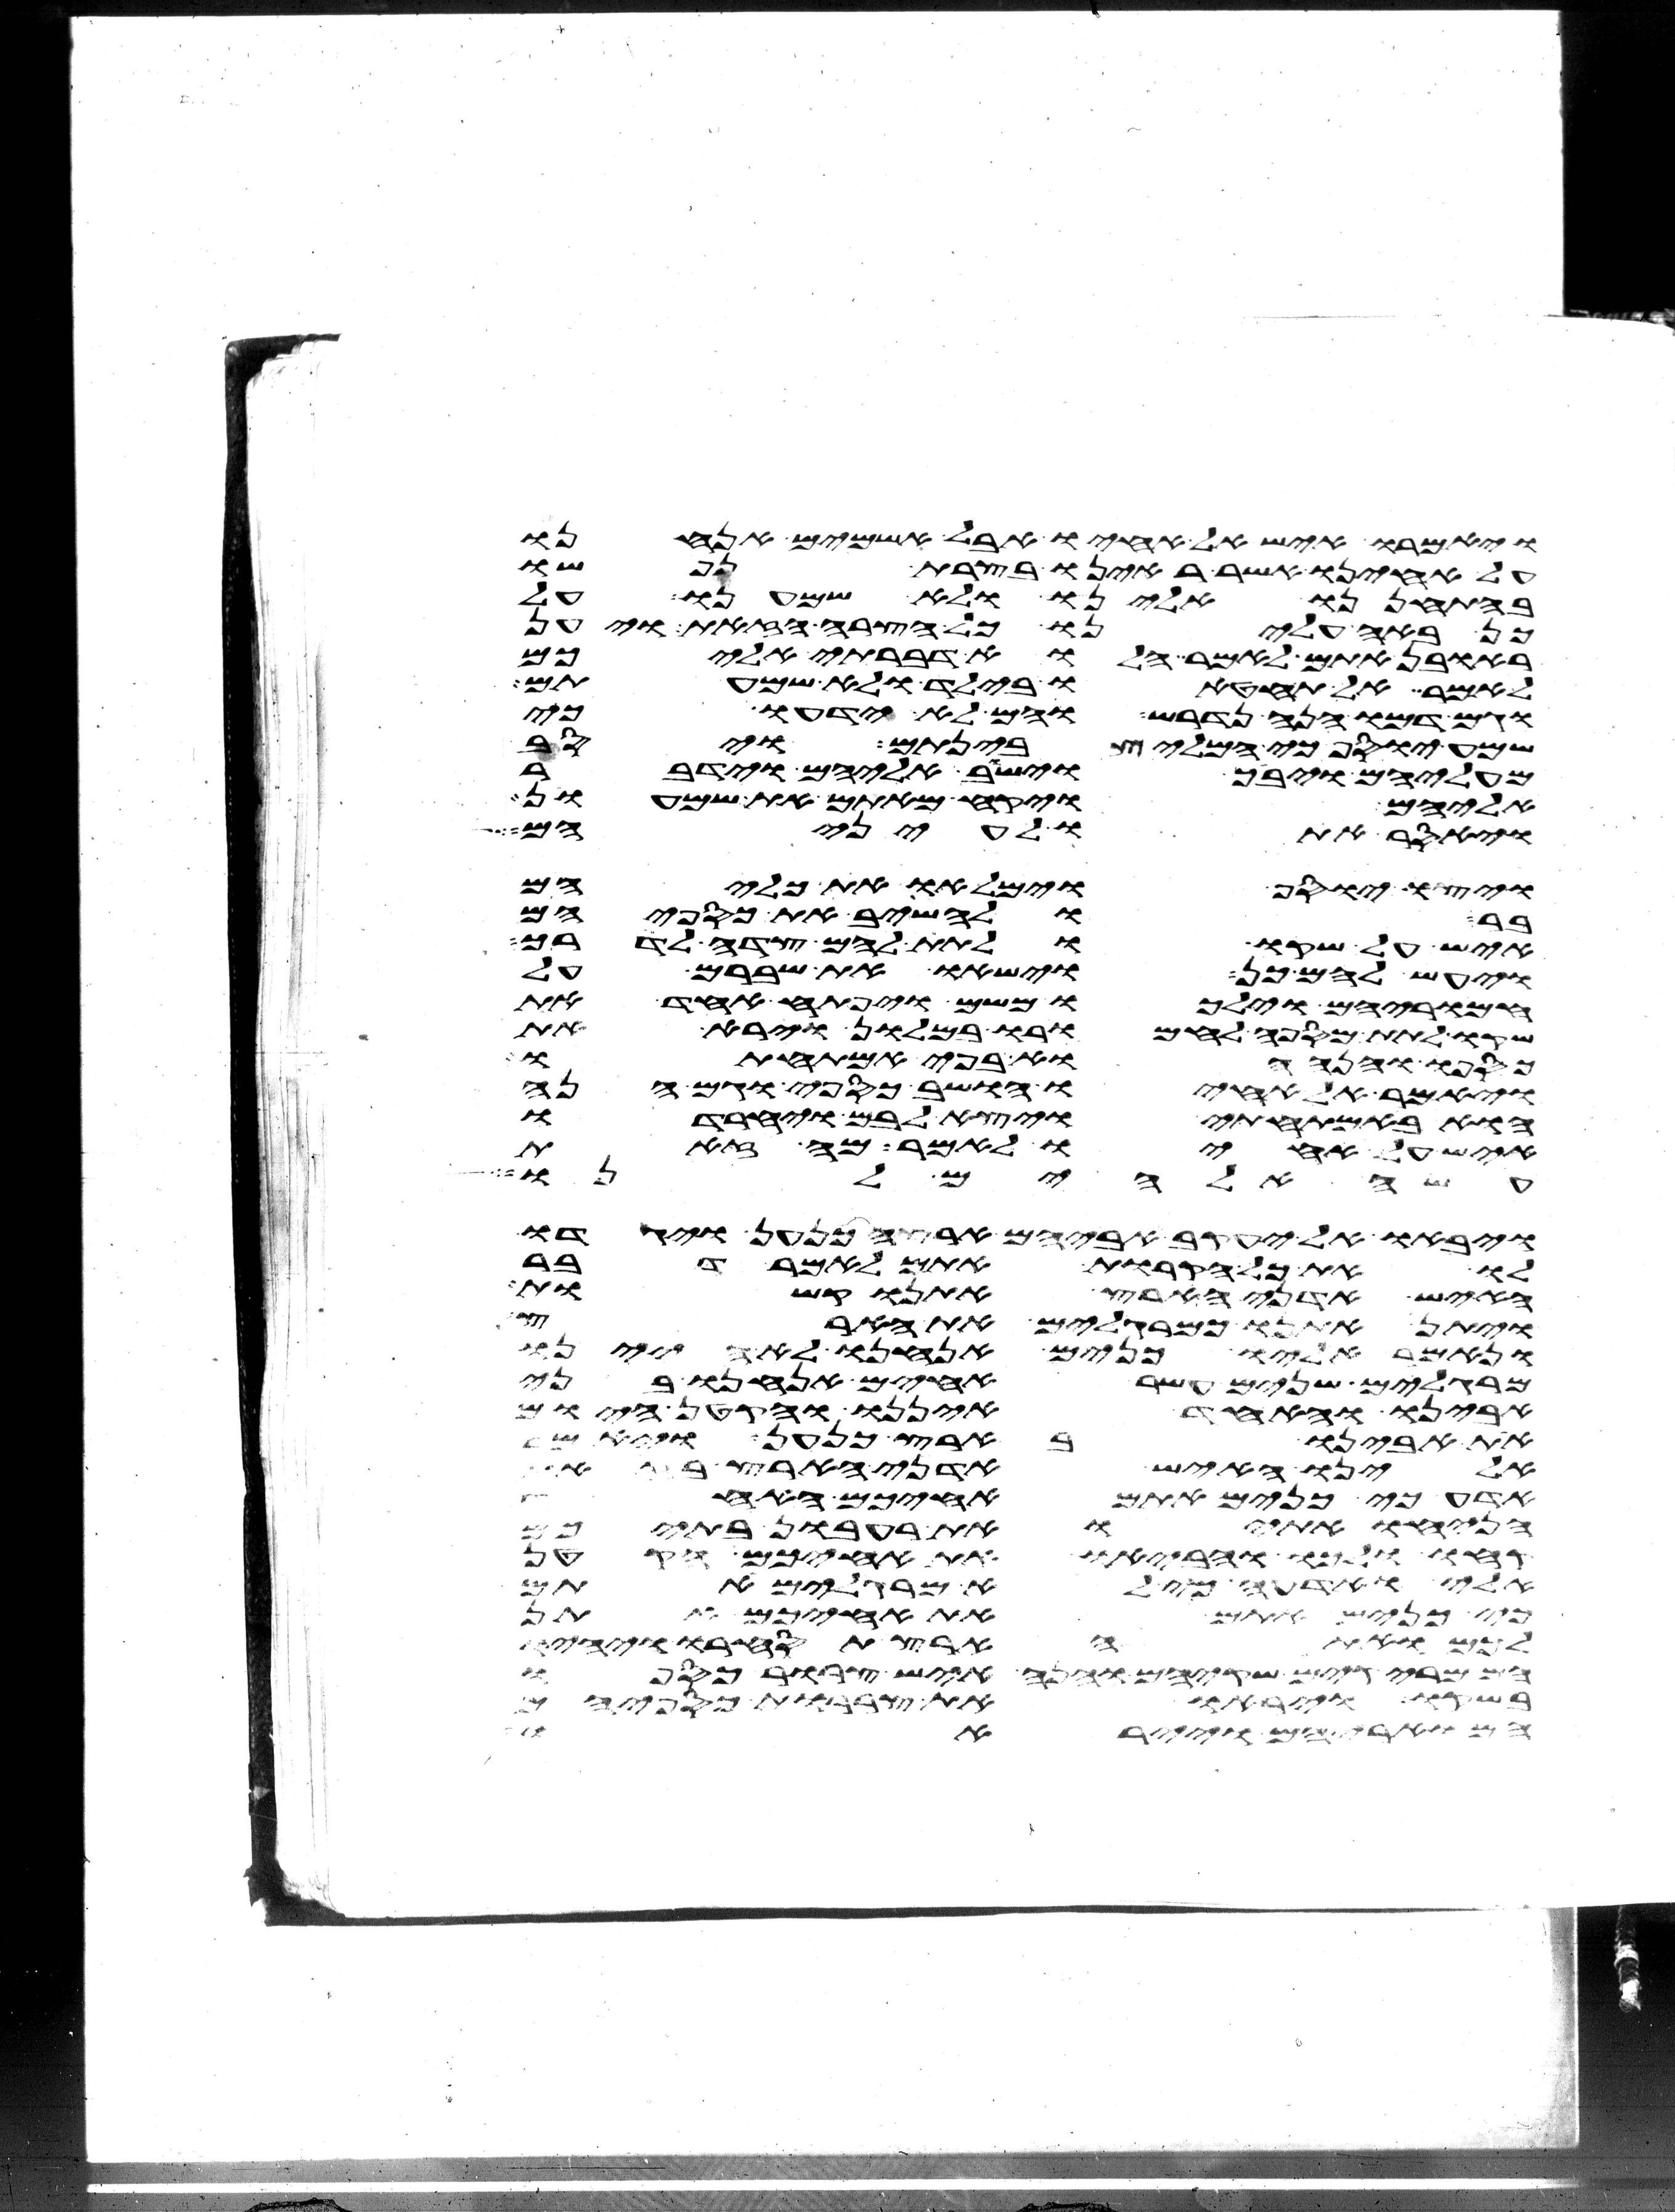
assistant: ויאמרו איש אל אחיו אבל אשמים אנחנו
על אחינו אשר ראינו בצרת נפשו
בהתחננו אלינו ולא שמענו על
כן באה עלינו כל הצרה הזאת ויען
ראובן אתם לאמר הלוא דברתי אליכם
לאמר אל תחטאו בילד ולא שמעתים
וגם דמו הנה נדרש והם לא ידעו כי
שמע יוסף כי המליץ בינתם ויסב
מעליהם ויבך וישב אליהם וידבר
אליהם ויקח מאתם את שמעון
ויאסר אתו לעיניהם
ויצו יוסף וימלאו את כליהם
בר ולהשיב את כספיהם
איש על שקו ולתת להם צדה לדרך
ויעש להם כן וישאו את שברם על
חמריהם וילכו משם ויפתח אחד את
שקו לתת מספה לחמרו במלון וירא את
כספו והנה הוא בפי אמתחתו
ויאמר אל אחיו הושב כספי וגם הנה
הוא באמתחתי ויצא לבם ויחרדו
איש על אחיו לאמר מה זאת
עשה אלהים לנו
ויבאו אל יעקב אביהם ארצה כנען ויגדו
לו את כל הקרות אתם לאמר דבר
האיש אדני הארץ אתנו קשות
ויתן אתנו כמרגלים את הארץ
ונאמר אליו כנים אנחנו לא היינו
מרגלים שנים עשר אחים אנחנו בני
אבינו והאחד איננו והקטן היום
את אבינו בארץ כנען ויאמר
אלינו האיש אדני הארץ בזאת
אדע כי כנים אתם אחיכם האחד
הניחו אתי ואת רעבון בתיכם
קחו ולכו והביאו את אחיכם הקטן
אלי ואדעה כי לא מרגלים אתם
כי כנים אתם את אחיכם אתן
לכם ואת הארץ תסחרו ויהיו
מריקים שקיהם והנה איש צרור כספו
בשקו ויראו את צררות כספיהם
הארץ ויראו